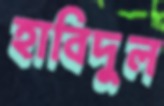
হাবিদুল